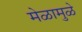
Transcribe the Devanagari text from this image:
मेळामुळे